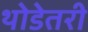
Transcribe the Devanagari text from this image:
थोडेतरी